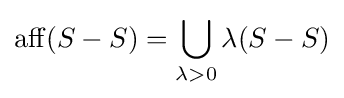
\operatorname {aff} (S-S)=\displaystyle \bigcup _{\lambda >0}\lambda (S-S)